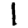
Digit: 1